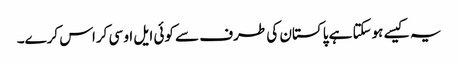
یہ کیسے ہوسکتا ہے پاکستان کی طرف سے کوئی ایل او سی کراس کرے۔